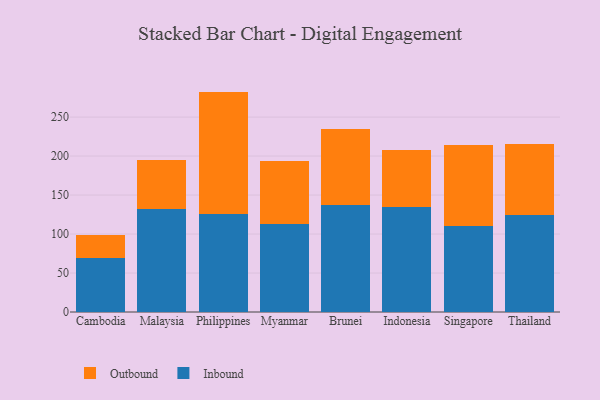
{"axis": {"x": "Country", "y": "Waste Production (Tons)"}, "legend": ["Inbound", "Outbound"], "data": [{"x": "Cambodia", "y": 69.1, "type": "Inbound"}, {"x": "Cambodia", "y": 30.1, "type": "Outbound"}, {"x": "Malaysia", "y": 132.0, "type": "Inbound"}, {"x": "Malaysia", "y": 63.5, "type": "Outbound"}, {"x": "Philippines", "y": 125.2, "type": "Inbound"}, {"x": "Philippines", "y": 157.5, "type": "Outbound"}, {"x": "Myanmar", "y": 113.4, "type": "Inbound"}, {"x": "Myanmar", "y": 80.1, "type": "Outbound"}, {"x": "Brunei", "y": 137.0, "type": "Inbound"}, {"x": "Brunei", "y": 98.2, "type": "Outbound"}, {"x": "Indonesia", "y": 134.9, "type": "Inbound"}, {"x": "Indonesia", "y": 72.9, "type": "Outbound"}, {"x": "Singapore", "y": 110.5, "type": "Inbound"}, {"x": "Singapore", "y": 103.4, "type": "Outbound"}, {"x": "Thailand", "y": 124.8, "type": "Inbound"}, {"x": "Thailand", "y": 90.6, "type": "Outbound"}]}